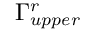
\Gamma _ { u p p e r } ^ { r }